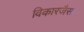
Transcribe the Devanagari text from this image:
विकारजैसा